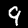
Label: 9